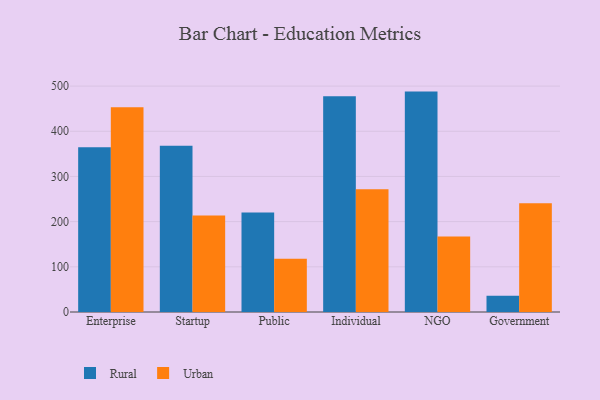
{"axis": {"x": "Segment", "y": "Tickets Resolved"}, "legend": ["Rural", "Urban"], "data": [{"x": "Enterprise", "y": 364.4, "type": "Rural"}, {"x": "Enterprise", "y": 453.0, "type": "Urban"}, {"x": "Startup", "y": 367.9, "type": "Rural"}, {"x": "Startup", "y": 213.7, "type": "Urban"}, {"x": "Public", "y": 220.2, "type": "Rural"}, {"x": "Public", "y": 118.1, "type": "Urban"}, {"x": "Individual", "y": 477.4, "type": "Rural"}, {"x": "Individual", "y": 271.9, "type": "Urban"}, {"x": "NGO", "y": 487.8, "type": "Rural"}, {"x": "NGO", "y": 167.0, "type": "Urban"}, {"x": "Government", "y": 36.1, "type": "Rural"}, {"x": "Government", "y": 240.7, "type": "Urban"}]}